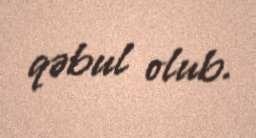
qəbul olub.